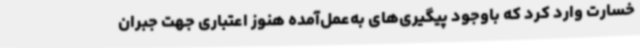
خسارت وارد کرد که باوجود پیگیری‌های به‌عمل‌آمده هنوز اعتباری جهت جبران